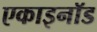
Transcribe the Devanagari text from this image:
एकाइनॉड